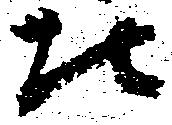
北